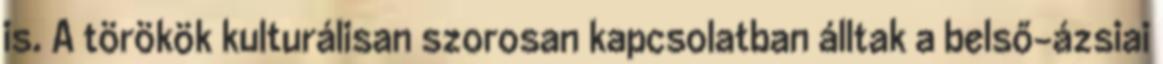
is. A törökök kulturálisan szorosan kapcsolatban álltak a belső-ázsiai